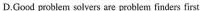
D.Good problem solvers are problem finders first.